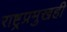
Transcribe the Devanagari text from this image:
राष्ट्रप्रमुखही